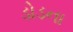
ડોડના